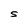
Character: S